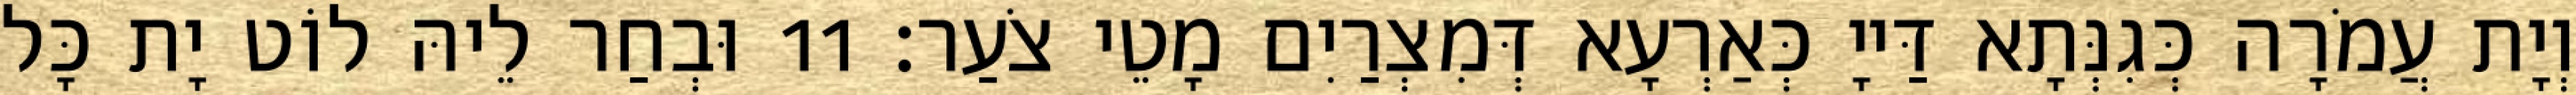
וְיָת עֲמֹרָה כְּגִנְּתָא דַּייָ כְּאַרְעָא דְּמִצְרַיִם מָטֵי צֹעַר׃ 11 וּבְחַר לֵיהּ לוֹט יָת כָּל